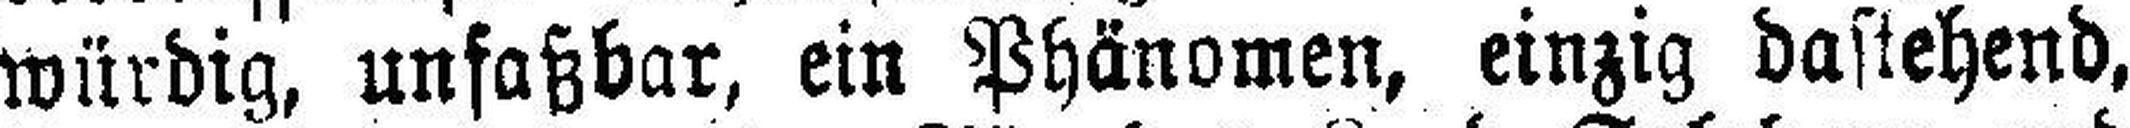
würdig, unfaßbar, ein Phänomen, einzig dastehend,